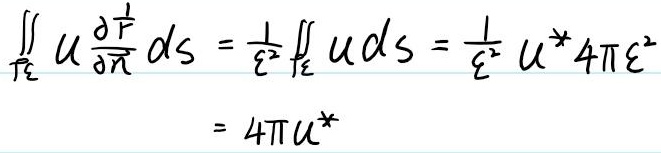
\[
\begin{align*}
\iint_{\Gamma_{\varepsilon}} u \frac{\partial \frac{1}{r}}{\partial n} dS&=\frac{1}{\varepsilon^{2}} \iint_{\Gamma_{\varepsilon}} u dS=\frac{1}{\varepsilon^{2}} u^{*} 4 \pi \varepsilon^{2}\\
&=4 \pi u^{*}
\end{align*}
\]